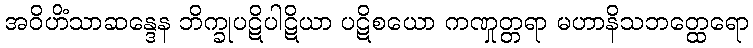
အဝိဟိံသာဆန္ဒေန ဘိက္ခုပဋိပါဋိယာ ပဋိစယော ကဏှုတ္တရာ မဟာနိသဘတ္ထေရော